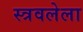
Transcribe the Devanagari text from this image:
स्त्रवलेला